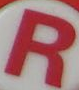
R